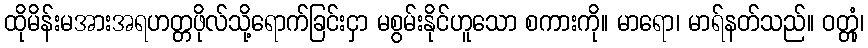
ထိုမိန်းမအားအရဟတ္တဖိုလ်သို့ရောက်ခြင်းငှာ မစွမ်းနိုင်ဟူသော စကားကို။ မာရော၊ မာရ်နတ်သည်။ ဝတ္တုံ၊